Report on the working of the Ranchi Indian Mental Hospital, Kanke, in Bihar and Orissa - 1930-1940
Year: 1930
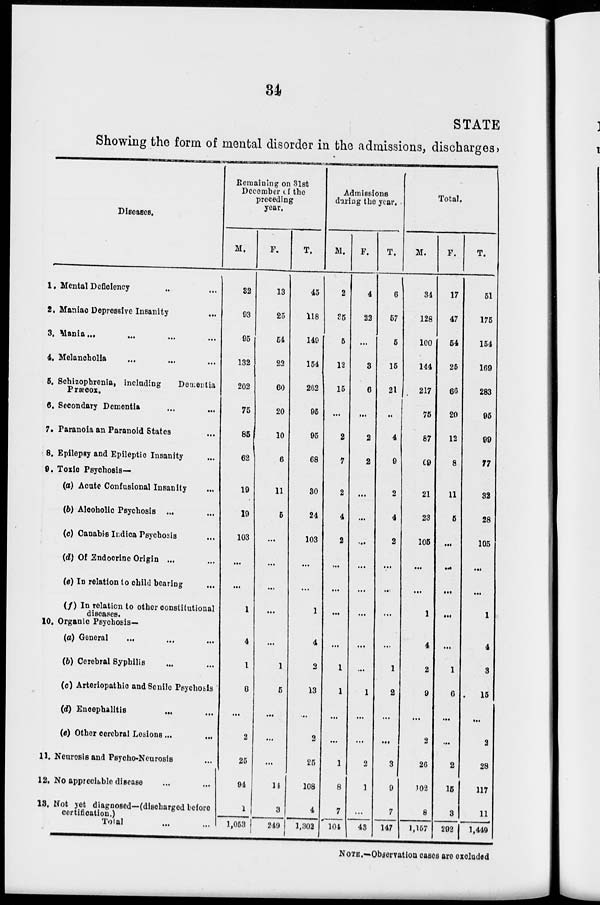
34
STATE
Showing the form of mental disorder in the admissions, discharges,
Diseases.
1. Mental Deficiency ... ...
2. Maniac Depressive Insanity ...
3. Mania... ... ... ...
4. Melancholia ... ... ...
5. Schizophrenia, including
Dementia
Præcox.
6. Secondary Dementia ... ...
7. Paranoia an Paranoid States ...
8. Epilepsy and Epileptic Insanity ...
9. Toxic Psychosis—
(a) Acute Confusional Insanity ...
(b) Alcoholic Psychosis ... ...
(c) Canabis Indica Psychosis ...
(d) Of Endocrine Origin ... ...
(e) In relation to child bearing ...
(f) In relation to other constitutional
diseases.
10. Organic Psychosis—
(a) General ... ... ...
(b) Cerebral Syphilis ... ...
(c) Arteriopathic and Senile Psychosis
(d) Encephalitis ... ...
(e) Other cerebral Lesions ... ...
11. Neurosis and Psycho-Neurosis ...
12. No appreciable disease ... ...
13. Not yet diagnosed—(discharged before
certification.)
Total ... ...
Remaining on 31st
December of the
preceding
year.
M.
32
93
95
132
202
75
85
62
19
19
103
...
...
1
4
1
8
...
2
25
94
1
1,053
F.
13
25
54
22
60
20
10
6
11
5
...
...
...
...
...
1
5
...
...
...
14
3
249
T.
45
118
149
154
262
95
95
68
30
24
103
...
...
1
4
2
13
...
2
25
108
4
1,302
Admissions
during the year.
M.
2
35
5
12
15
...
2
7
2
4
2
...
...
...
...
1
1
...
...
1
8
7
101
F.
4
22
...
3
6
...
2
2
...
...
...
...
...
...
...
...
1
...
...
2
1
...
43
T.
6
57
5
15
21
...
4
9
2
4
2
...
...
...
...
1
2
...
...
3
9
7
147
Total.
M.
34
128
100
144
217
75
87
69
21
23
105
...
...
1
4
2
9
...
2
26
102
8
1,157
F.
17
47
54
25
66
20
12
8
11
5
...
...
...
...
...
1
6
...
...
2
15
3
292
T.
51
175
154
169
283
95
99
77
32
28
105
...
...
1
4
3
15
...
2
28
117
11
1,449
NOTE.—Observation cases are excluded